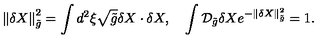
\left\| \delta { X } \right\| _ { \tilde { g } } ^ { 2 } = \int { d ^ { 2 } } \xi \sqrt { \tilde { g } } \delta { X } \cdot \delta { X } , \quad \int { \mathcal { D } _ { \tilde { g } } } \delta { X } { e ^ { - \left\| \delta { X } \right\| _ { \tilde { g } } ^ { 2 } } } = 1 .